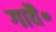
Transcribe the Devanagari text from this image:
गावै॰